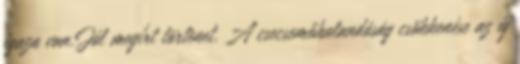
igaza van.Jól megírt törtènet. A csecsemőhalandóság csökkenése az új